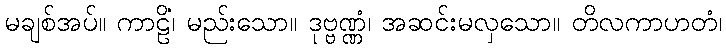
မချစ်အပ်။ ကာဠိံ၊ မည်းသော။ ဒုဗ္ဗဏ္ဏံ၊ အဆင်းမလှသော။ တိလကာဟတံ၊